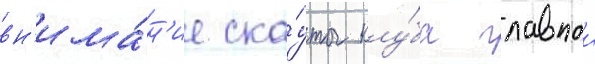
вн'има́н'ие ска́уты клу́ба главнои